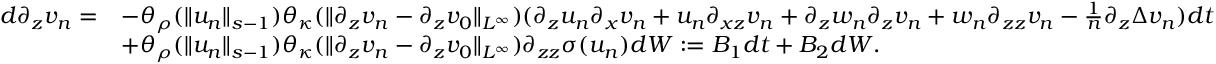
\begin{array} { r l } { d \partial _ { z } v _ { n } = } & { - \theta _ { \rho } ( \| u _ { n } \| _ { s - 1 } ) \theta _ { \kappa } ( \| \partial _ { z } v _ { n } - \partial _ { z } v _ { 0 } \| _ { L ^ { \infty } } ) ( \partial _ { z } u _ { n } \partial _ { x } v _ { n } + u _ { n } \partial _ { x z } v _ { n } + \partial _ { z } w _ { n } \partial _ { z } v _ { n } + w _ { n } \partial _ { z z } v _ { n } - \frac 1 n \partial _ { z } \Delta v _ { n } ) d t } \\ & { + \theta _ { \rho } ( \| u _ { n } \| _ { s - 1 } ) \theta _ { \kappa } ( \| \partial _ { z } v _ { n } - \partial _ { z } v _ { 0 } \| _ { L ^ { \infty } } ) \partial _ { z z } \sigma ( u _ { n } ) d W : = B _ { 1 } d t + B _ { 2 } d W . } \end{array}